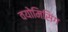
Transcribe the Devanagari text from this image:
वयोमिसिंग